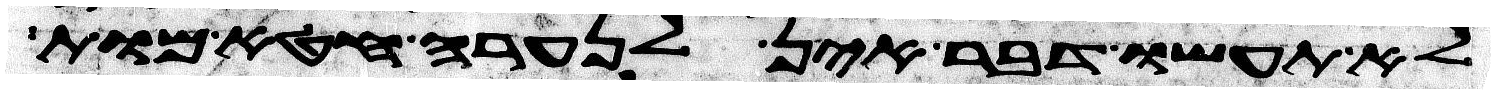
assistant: לא תעשו דבר אין לנערה חטא מות